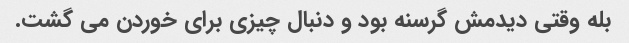
بله وقتی دیدمش گرسنه بود و دنبال چیزی برای خوردن می گشت.